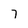
Character: 7